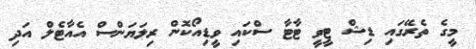
މީގެ ތެރޭގައި ޑިޝް ޓީވީ ޓާޓާ ސްކައި ވީޑިއޯކޮން ރިލަޔަންސް އެއާޓެލް އަދި